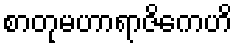
စာတုမဟာရာဇိကေဟိ